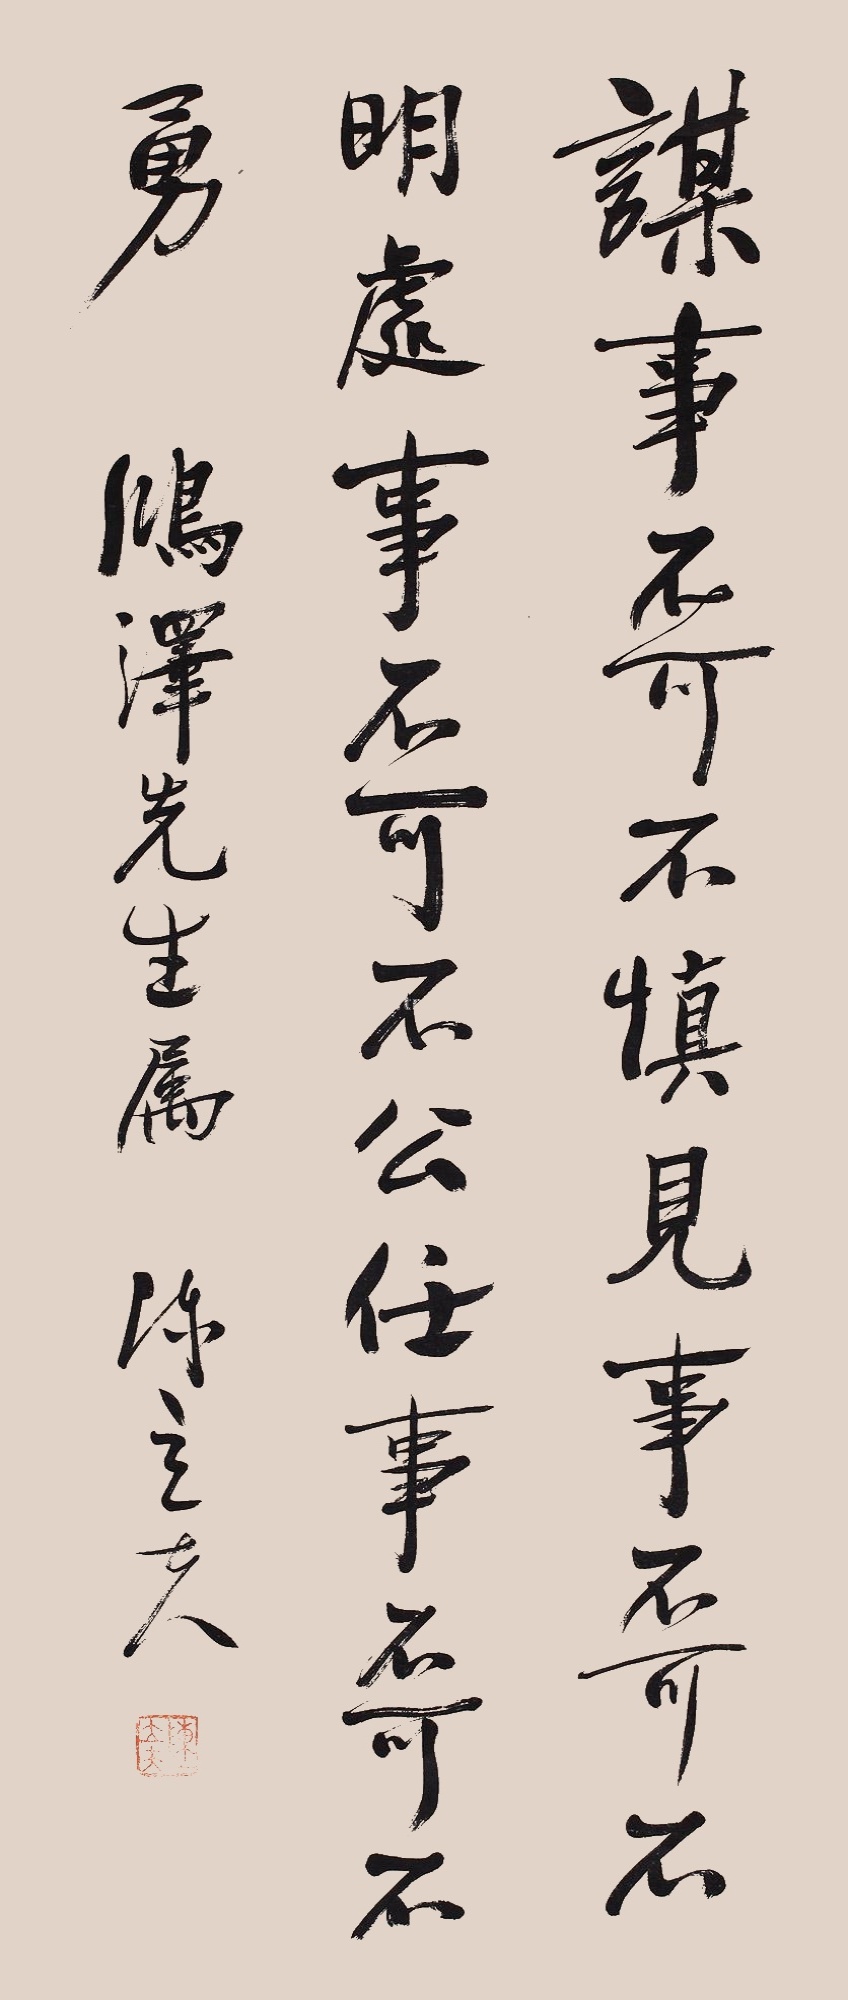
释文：谋事不可不慎，见事不可不明，处事不可不公，任事不可不勇。鸿泽先生雅属，陈立夫。